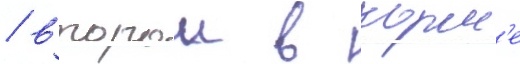
/ второи в корм'е